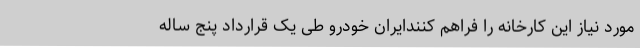
مورد نیاز این کارخانه را فراهم کنندایران خودرو طی یک قرارداد پنج ساله